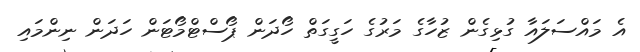
އެ މައްސަލައާ ގުޅިގެން ޒުހާގެ މަރުގެ ހަގީގަތް ހޯދަން ޕޯސްޓްމޯޓަން ހަދަން ނިންމައި